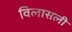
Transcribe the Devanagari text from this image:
विलासली